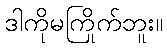
ဒါကိုမကြိုက်ဘူး။